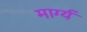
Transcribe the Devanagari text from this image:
मार्ग्य